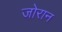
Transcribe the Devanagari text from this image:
जोरान